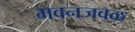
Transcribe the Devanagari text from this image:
भवनजवळ